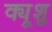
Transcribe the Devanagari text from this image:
क्यूशु